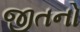
જીતનો